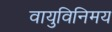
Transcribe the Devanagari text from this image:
वायुविनिमय